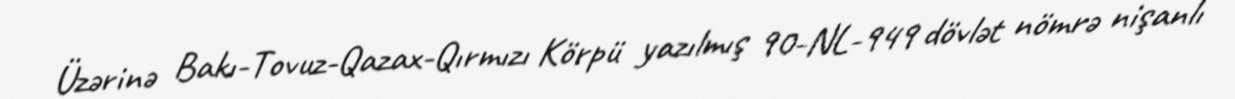
Üzərinə Bakı-Tovuz-Qazax-Qırmızı Körpü yazılmış 90-NL-949 dövlət nömrə nişanlı